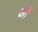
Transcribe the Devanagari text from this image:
क्षीं